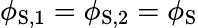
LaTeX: \phi_{\mathrm{S},1}=\phi_{\mathrm{S},2}=\phi_{\mathrm{S}}